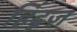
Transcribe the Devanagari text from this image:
हिंदूज़